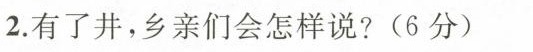
2.有了井，乡亲们会怎样说？（6分）